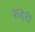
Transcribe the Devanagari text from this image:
शहरीं